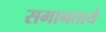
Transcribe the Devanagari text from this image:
समानताये